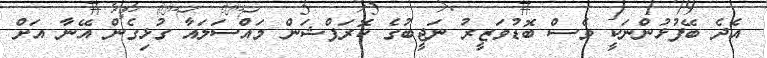
އެދެ ބޭފުޅުންނަކީ ވެސް ބޮޑުވަޒީރު ނަޖީބުގެ ކޮރަޕްޝަން މައްސަލައާ ގުޅިގެން އޭނާ އަށް